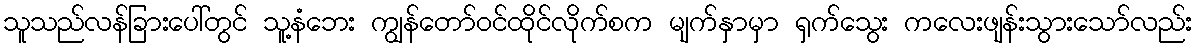
သူသည်လန်ခြားပေါ်တွင် သူ့နံဘေး ကျွန်တော်ဝင်ထိုင်လိုက်စက မျက်နှာမှာ ရှက်သွေး ကလေးဖျန်းသွားသော်လည်း